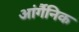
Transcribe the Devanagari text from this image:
आंर्गैनिक